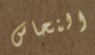
النحاس